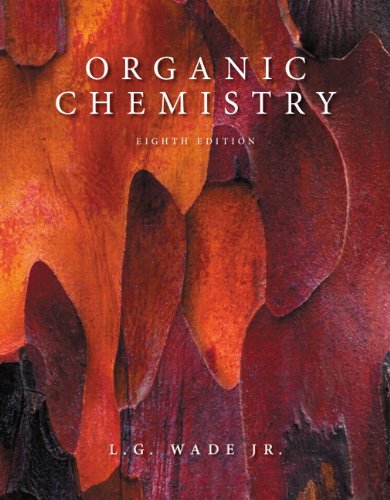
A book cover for Organic Chemistry (8th Edition); L. G. Wade Jr; Science & Math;